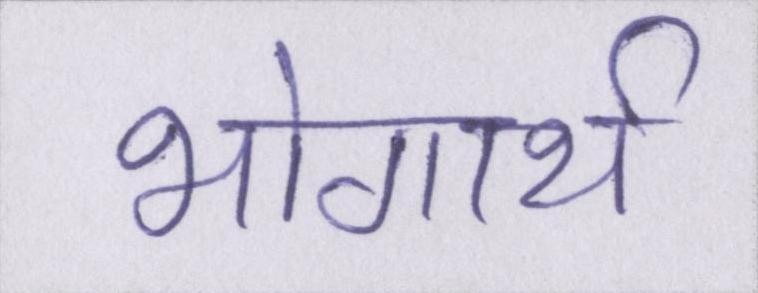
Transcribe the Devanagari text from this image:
भोगार्थ